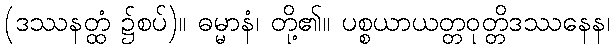
(ဒဿနတ္ထံ ၌စပ်)။ ဓမ္မာနံ၊ တို့၏။ ပစ္စယာယတ္တဝုတ္တိဒဿနေန၊